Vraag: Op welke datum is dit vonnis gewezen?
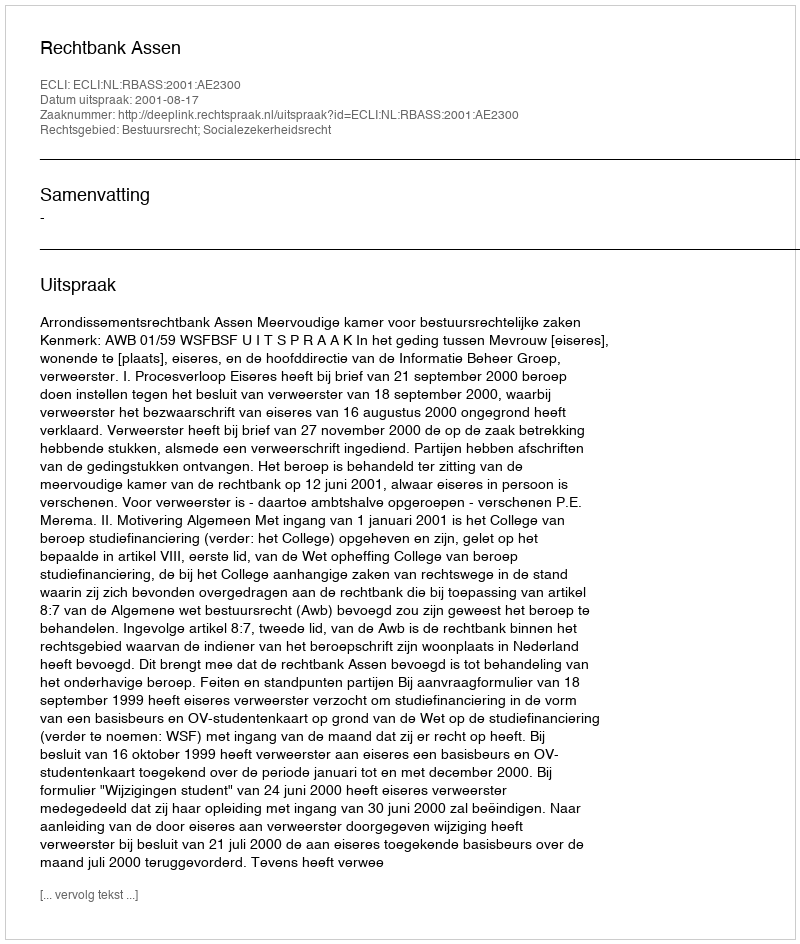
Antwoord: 2001-08-17